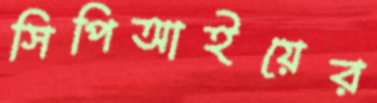
সিপিআইয়ের